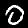
Digit: 0